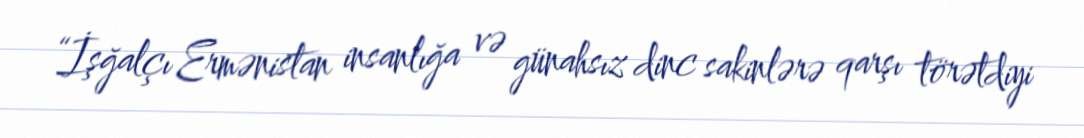
“İşğalçı Ermənistan insanlığa və günahsız dinc sakinlərə qarşı törətdiyi